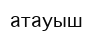
атауыш